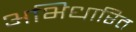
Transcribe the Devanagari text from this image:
अभिधारित